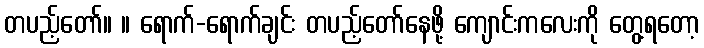
တပည့်တော်။ ။ ရောက်-ရောက်ချင်း တပည့်တော်နေဖို့ ကျောင်းကလေးကို တွေ့ရတော့